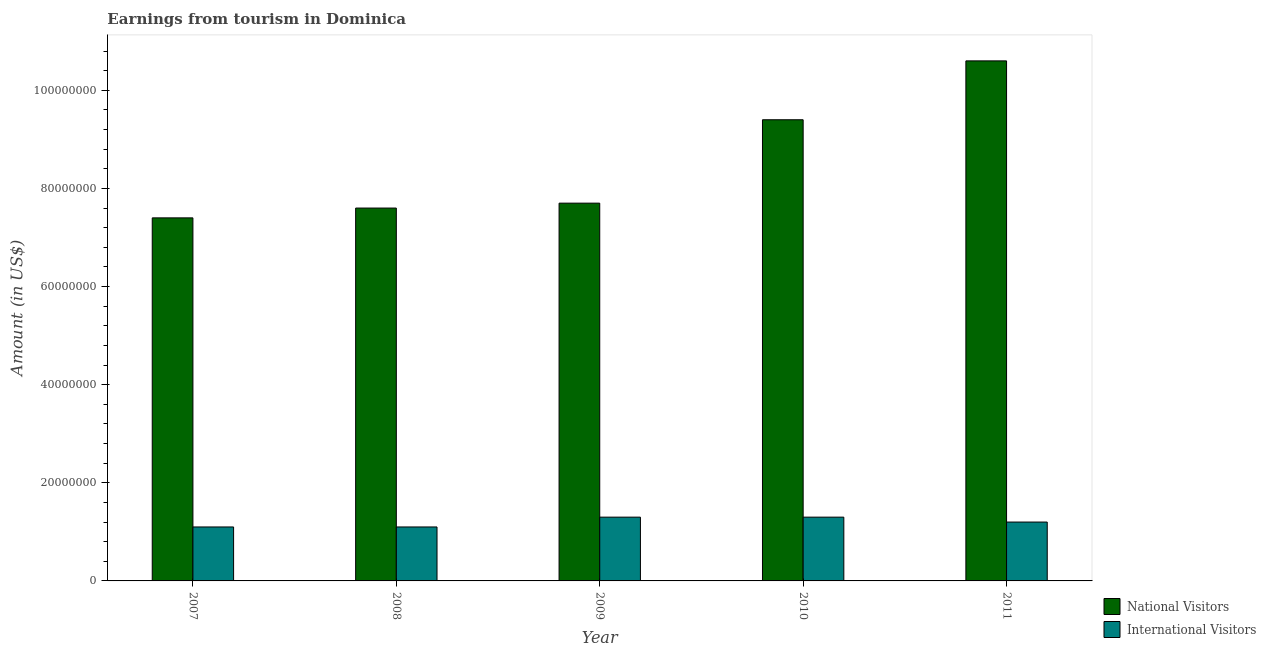
| Year | National Visitors | International Visitors |
 | --- | --- | --- |
 | 2007 | 7.4e+07 | 1.1e+07 |
 | 2008 | 7.6e+07 | 1.1e+07 |
 | 2009 | 7.7e+07 | 1.3e+07 |
 | 2010 | 9.4e+07 | 1.3e+07 |
 | 2011 | 1.06e+08 | 1.2e+07 |